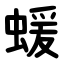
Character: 蝯